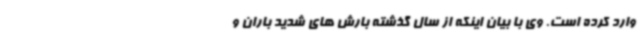
وارد کرده است. وی با بیان اینکه از سال گذشته بارش های شدید باران و